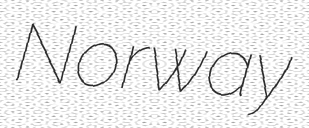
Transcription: Norway